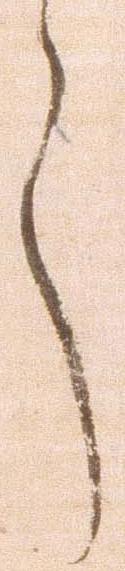
言